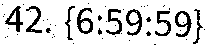
42. {6:59:59}